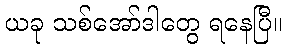
ယခု သစ်အော်ဒါတွေ ရနေပြီ။